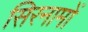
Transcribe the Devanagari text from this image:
सिरनामों